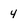
Character: 4